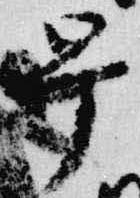
早